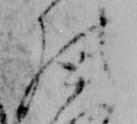
の